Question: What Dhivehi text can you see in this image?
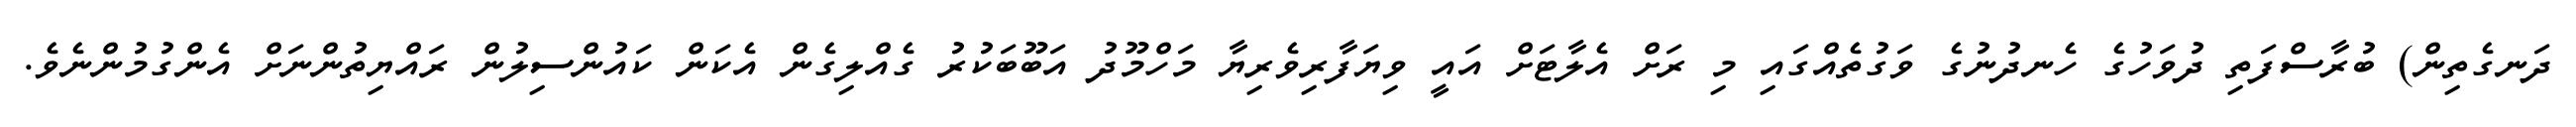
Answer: ދަނގެތިން) ބުރާސްފަތި ދުވަހުގެ ހެނދުނުގެ ވަގުތެއްގައި މި ރަށް އެލާޓަށް އައީ ވިޔަފާރިވެރިޔާ މަހްމޫދު އަބޫބަކުރު ގެއްލިގެން އެކަން ކައުންސިލުން ރައްޔިތުންނަށް އެންގުމުންނެވެ.